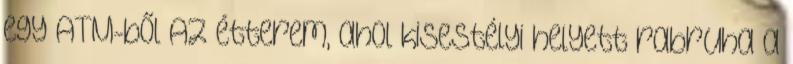
egy ATM-ből Az étterem, ahol kisestélyi helyett rabruha a